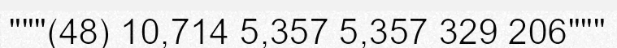
"""(48) 10,714 5,357 5,357 329 206"""